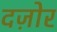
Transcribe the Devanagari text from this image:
दज़ोर